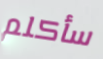
سأكلم